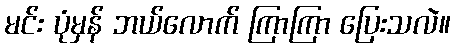
မင်း ပုံမှန် ဘယ်လောက် ကြာကြာ ပြေးသလဲ။